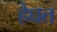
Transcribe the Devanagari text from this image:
हैघत